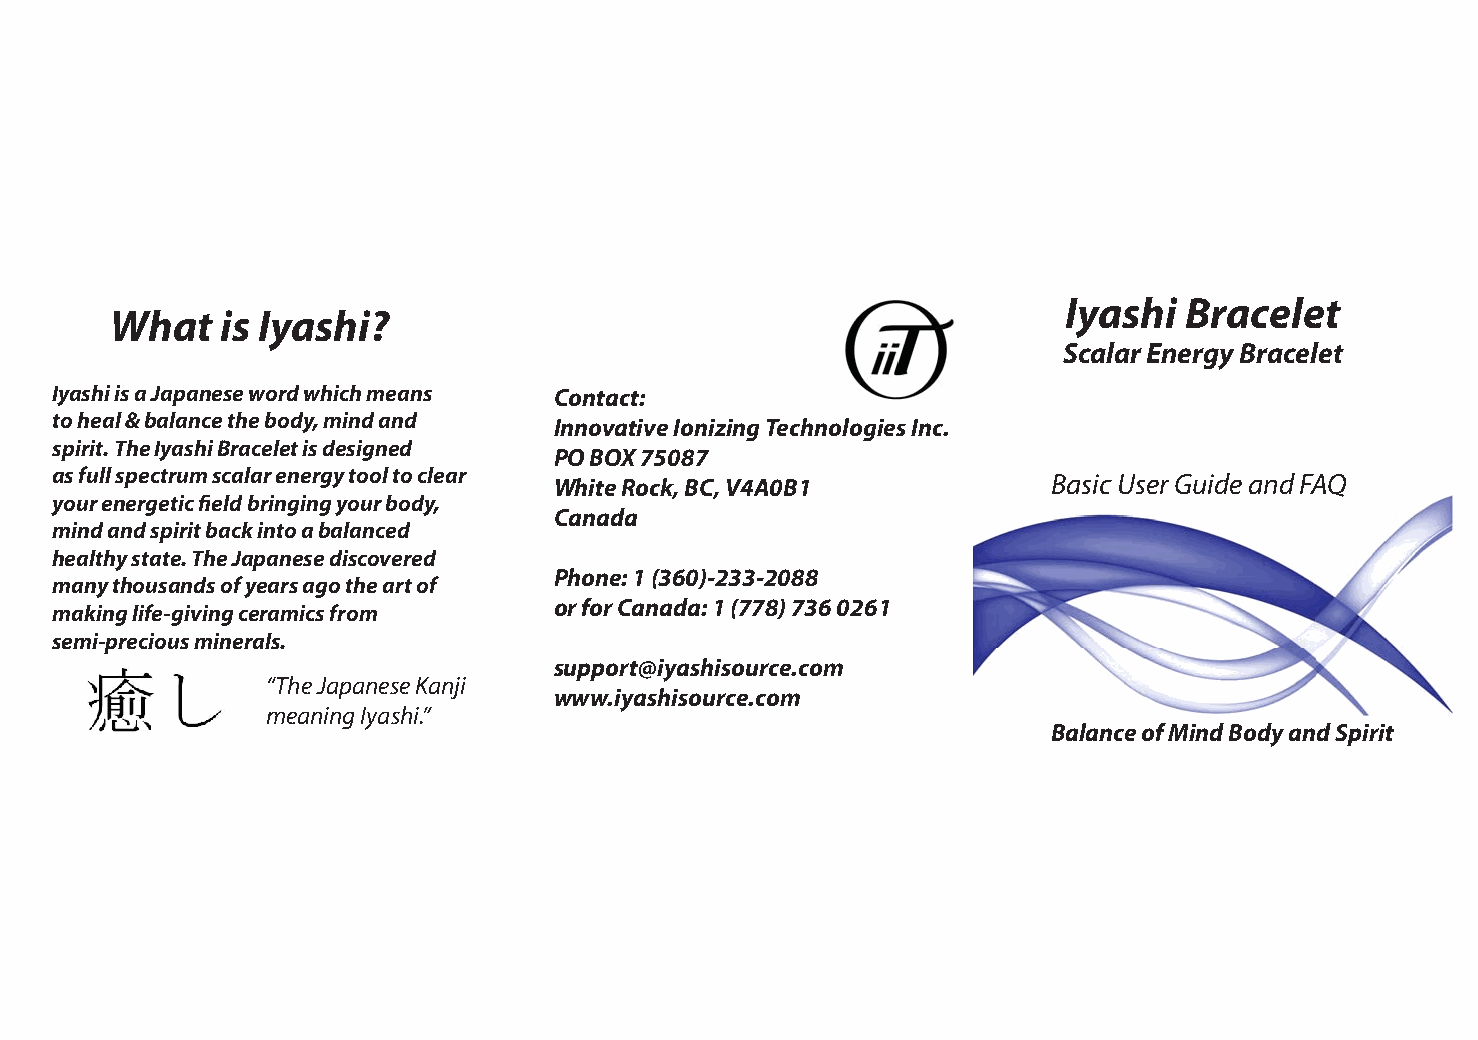
Iyashi  Bracelet
 Wha   t is Iyashi?
 Scalar Energy Bracelet
 Iyashi is a Japanese word which means Contact:
 to heal & balance the body, mind and Innovative Ionizing Technologies Inc.
 spirit. The Iyashi Bracelet is designed
 PO BOX 75087
 as full spectrum scalar energy tool to clear White Rock, BC, V4A0B1 Basic User Guide and FAQ
 your energetic field bringing your body,
 Canada
 mind and spirit back into a balanced
 healthy state. The Japanese discovered
 Phone: 1 (360)-233-2088
 many thousands of years ago the art of
 or for Canada: 1 (778) 736 0261
 making life-giving ceramics from
 semi-precious minerals.
 support@iyashisource.com
 “The Japanese Kanji
 www.iyashisource.com
 meaning Iyashi.”
 Balance of Mind Body and Spirit